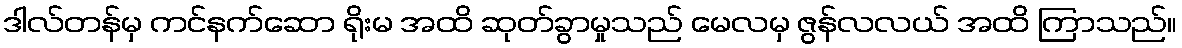
ဒါလ်တန်မှ ကင်နက်ဆော ရိုးမ အထိ ဆုတ်ခွာမှုသည် မေလမှ ဇွန်လလယ် အထိ ကြာသည်။